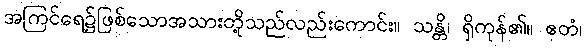
အကြင်ရေ၌ဖြစ်သောအသားတို့သည်လည်းကောင်း။ သန္တိ၊ ရှိကုန်၏။ ဧတံ၊